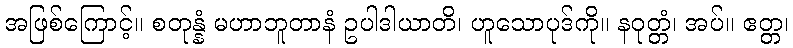
အဖြစ်ကြောင့်။ စတုန္နံ မဟာဘူတာနံ ဥပါဒါယာတိ၊ ဟူသောပုဒ်ကို။ နဝုတ္တံ၊ အပ်။ ဧတ္တ၊